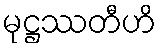
မုဋ္ဌဿတီဟိ